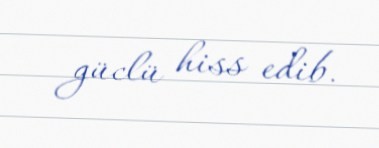
güclü hiss edib.